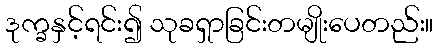
ဒုက္ခနှင့်ရင်း၍ သုခရှာခြင်းတမျိုးပေတည်း။